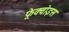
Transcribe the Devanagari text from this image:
फ़्रेक्वोइस